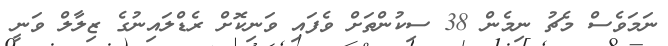
ނަމަވެސް މެޗު ނިމެން 38 ސިކުންތަށް ވެފައި ވަނިކޮށް ރެޑްލައިނުގެ ޒިލާލް ވަނީ